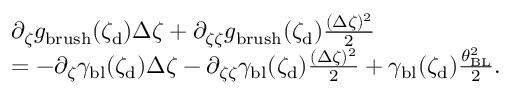
\begin{array} { r l } & { \partial _ { \zeta } g _ { \mathrm { b r u s h } } ( \zeta _ { \mathrm { d } } ) \Delta \zeta + \partial _ { \zeta \zeta } g _ { \mathrm { b r u s h } } ( \zeta _ { \mathrm { d } } ) \frac { ( \Delta \zeta ) ^ { 2 } } { 2 } } \\ & { = - \partial _ { \zeta } \gamma _ { \mathrm { b l } } ( \zeta _ { \mathrm { d } } ) \Delta \zeta - \partial _ { \zeta \zeta } \gamma _ { \mathrm { b l } } ( \zeta _ { \mathrm { d } } ) \frac { ( \Delta \zeta ) ^ { 2 } } { 2 } + \gamma _ { \mathrm { b l } } ( \zeta _ { \mathrm { d } } ) \frac { \theta _ { \mathrm { B L } } ^ { 2 } } { 2 } . } \end{array}